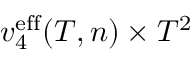
v _ { 4 } ^ { \mathrm { e f f } } ( T , n ) \times T ^ { 2 }